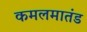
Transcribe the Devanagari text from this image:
कमलमातंड